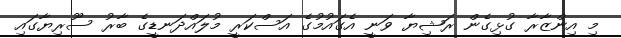
މި އިންޒާރާ ގުޅިގެން ރަޝިޔާ ވަނީ އެގައުމުގެ އަސްކަރީ މުލައްދަނޑީގެ ބާރު ސޫރިޔާގައި